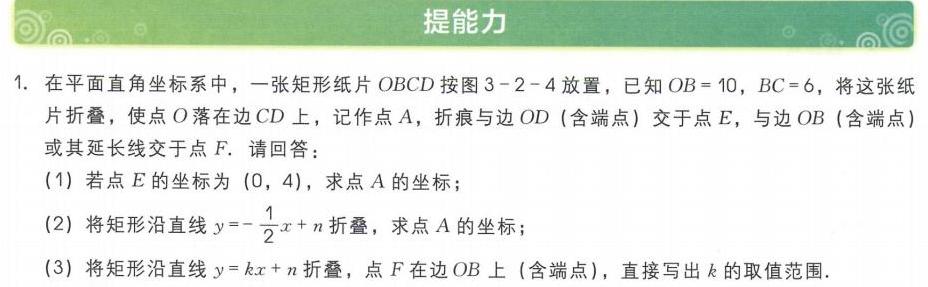
1. 在平面直角坐标系中，一张矩形纸片\(OBCD\)按图\(3 - 2 - 4\)放置，已知\(OB = 10\)，\(BC = 6\)，将这张纸片折叠，使点\(O\)落在边\(CD\)上，记作点\(A\)，折痕与边\(OD\)（含端点）交于点\(E\)，与边\(OB\)（含端点）或其延长线交于点\(F\)。请回答：
(1) 若点\(E\)的坐标为\((0,4)\)，求\(A\)的坐标；
(2) 将矩形沿直线\(y = -\frac{1}{2}x + n\)折叠，求点\(A\)的坐标；
(3) 将矩形沿直线\(y = kx + n\)折叠，点\(F\)在边\(OB\)上（含端点），直接写出\(k\)的取值范围.